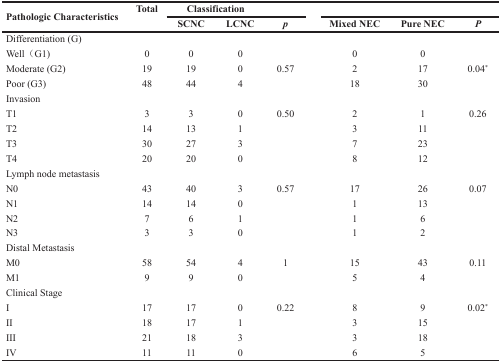
<table><thead><tr><td rowspan="2"><b>Pathologic Characteristics</b></td><td><b>Total</b></td><td colspan="3"><b>Classification</b></td><td colspan="3"></td></tr><tr><td></td><td><b>SCNC</b></td><td><b>LCNC</b></td><td><b><i>p</i></b></td><td><b>Mixed NEC</b></td><td><b>Pure NEC</b></td><td><b><i>P</i></b></td></tr></thead><tbody><tr><td colspan="8">Differentiation (G)</td></tr><tr><td>Well (G1)</td><td>0</td><td>0</td><td>0</td><td rowspan="3">0.57</td><td>0</td><td>0</td><td rowspan="3">0.04<sup>*</sup></td></tr><tr><td>Moderate (G2)</td><td>19</td><td>19</td><td>0</td><td>2</td><td>17</td></tr><tr><td>Poor (G3)</td><td>48</td><td>44</td><td>4</td><td>18</td><td>30</td></tr><tr><td colspan="8">Invasion</td></tr><tr><td>T1</td><td>3</td><td>3</td><td>0</td><td rowspan="4">0.50</td><td>2</td><td>1</td><td rowspan="4">0.26</td></tr><tr><td>T2</td><td>14</td><td>13</td><td>1</td><td>3</td><td>11</td></tr><tr><td>T3</td><td>30</td><td>27</td><td>3</td><td>7</td><td>23</td></tr><tr><td>T4</td><td>20</td><td>20</td><td>0</td><td>8</td><td>12</td></tr><tr><td colspan="8">Lymph node metastasis</td></tr><tr><td>N0</td><td>43</td><td>40</td><td>3</td><td rowspan="4">0.57</td><td>17</td><td>26</td><td rowspan="4">0.07</td></tr><tr><td>N1</td><td>14</td><td>14</td><td>0</td><td>1</td><td>13</td></tr><tr><td>N2</td><td>7</td><td>6</td><td>1</td><td>1</td><td>6</td></tr><tr><td>N3</td><td>3</td><td>3</td><td>0</td><td>1</td><td>2</td></tr><tr><td colspan="8">Distal Metastasis</td></tr><tr><td>M0</td><td>58</td><td>54</td><td>4</td><td rowspan="2">1</td><td>15</td><td>43</td><td rowspan="2">0.11</td></tr><tr><td>M1</td><td>9</td><td>9</td><td>0</td><td>5</td><td>4</td></tr><tr><td colspan="8">Clinical Stage</td></tr><tr><td>I</td><td>17</td><td>17</td><td>0</td><td rowspan="4">0.22</td><td>8</td><td>9</td><td rowspan="4">0.02<sup>*</sup></td></tr><tr><td>II</td><td>18</td><td>17</td><td>1</td><td>3</td><td>15</td></tr><tr><td>III</td><td>21</td><td>18</td><td>3</td><td>3</td><td>18</td></tr><tr><td>IV</td><td>11</td><td>11</td><td>0</td><td>6</td><td>5</td></tr></tbody></table>